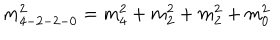
m _ { 4 - 2 - 2 - 0 } ^ { 2 } = m _ { 4 } ^ { 2 } + m _ { 2 } ^ { 2 } + m _ { 2 } ^ { 2 } + m _ { 0 } ^ { 2 }